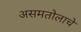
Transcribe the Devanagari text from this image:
असमतोलाचे